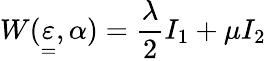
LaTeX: W(\underset{=}{\varepsilon},\alpha)=\frac{\lambda}{2}I_{1}+\mu I_{2}